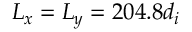
L _ { x } = L _ { y } = 2 0 4 . 8 d _ { i }